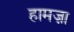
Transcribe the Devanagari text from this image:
हामज़ा